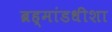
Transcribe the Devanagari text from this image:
ब्रह्मांडधीशा